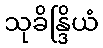
သုခိန္ဒြိယံ